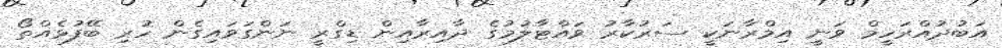
އަބުދުއްރަހީމް ވަނީ އިމްރާނަކީ ސަރުކާރު ވައްޓާލުމުގެ ދާއިރާއިން ޑިގްރީ ނަންގަވައިގެން ހުރި ބޭފުޅެއްތޯ